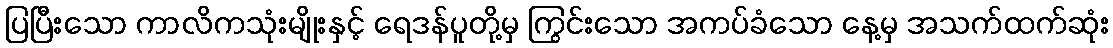
ပြပြီးသော ကာလိကသုံးမျိုးနှင့် ရေဒန်ပူတို့မှ ကြွင်းသော အကပ်ခံသော နေ့မှ အသက်ထက်ဆုံး